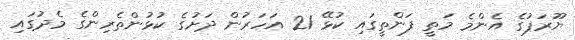
ޔޫރަޕުގެ އެންމެ މަތީ ފަންތީގައި ކުޅޭ 21 އަހަރުން ދަށުގެ ކުޅުންތެރިންގެ މެދުގައި